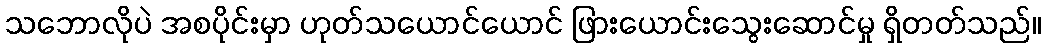
သဘောလိုပဲ အစပိုင်းမှာ ဟုတ်သယောင်ယောင် ဖြားယောင်းသွေးဆောင်မှု ရှိတတ်သည်။